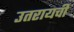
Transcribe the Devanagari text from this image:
उतरायची